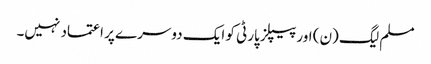
مسلم لیگ (ن) اور پیپلز پارٹی کو ایک دوسرے پر اعتماد نہیں۔